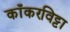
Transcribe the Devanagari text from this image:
काँकरविट्टा